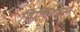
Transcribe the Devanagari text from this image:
व़िल्लियम